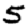
Digit: 5